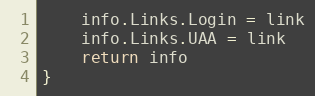
Language: Go
	info.Links.Login = link
	info.Links.UAA = link
	return info
}